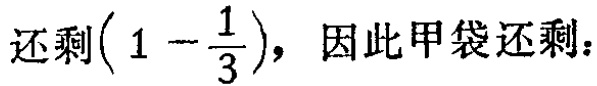
还剩\((1 - \frac{1}{3})\)，因此甲袋还剩：